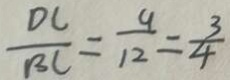
\frac { D C } { B C } = \frac { 9 } { 1 2 } = \frac { 3 } { 4 }